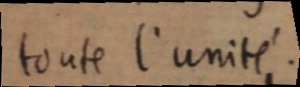
toute l’unité.